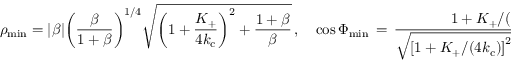
\rho _ { \mathrm { m i n } } = \vert \beta \vert \biggl ( \frac { \beta } { 1 + \beta } \biggr ) ^ { 1 / 4 } \sqrt { \biggl ( 1 + \frac { K _ { + } } { 4 k _ { \mathrm { c } } } \biggr ) ^ { 2 } + \frac { 1 + \beta } { \beta } } \, , \quad \cos \Phi _ { \mathrm { m i n } } \, = \, \frac { 1 + K _ { + } / ( 4 k _ { \mathrm { c } } ) } { \sqrt { \left[ 1 + K _ { + } / ( 4 k _ { \mathrm { c } } ) \right] ^ { 2 } + ( 1 + \beta ) / \beta } } .